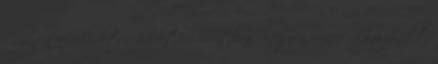
- munka apróhirdetés hirdetési rovatban. Legyen Ön is regisztrált